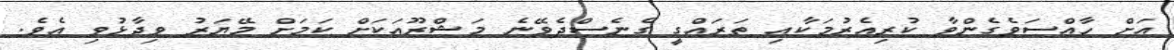
އަށް ހާއްސަވެގެންވާ ކުރިއެރުމަކާއި ތަރައްގީ ގެނެސްދެވޭނެ މަޝްރޫއަކަށް ކަމަށް މޭޔަރު ވިދާޅުވި އެވެ.